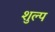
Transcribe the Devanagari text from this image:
शुल्प